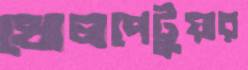
খোলপেটুয়ার